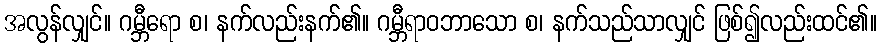
အလွန်လျှင်။ ဂမ္ဘီရော စ၊ နက်လည်းနက်၏။ ဂမ္ဘီရာဝဘာသော စ၊ နက်သည်သာလျှင် ဖြစ်၍လည်းထင်၏။